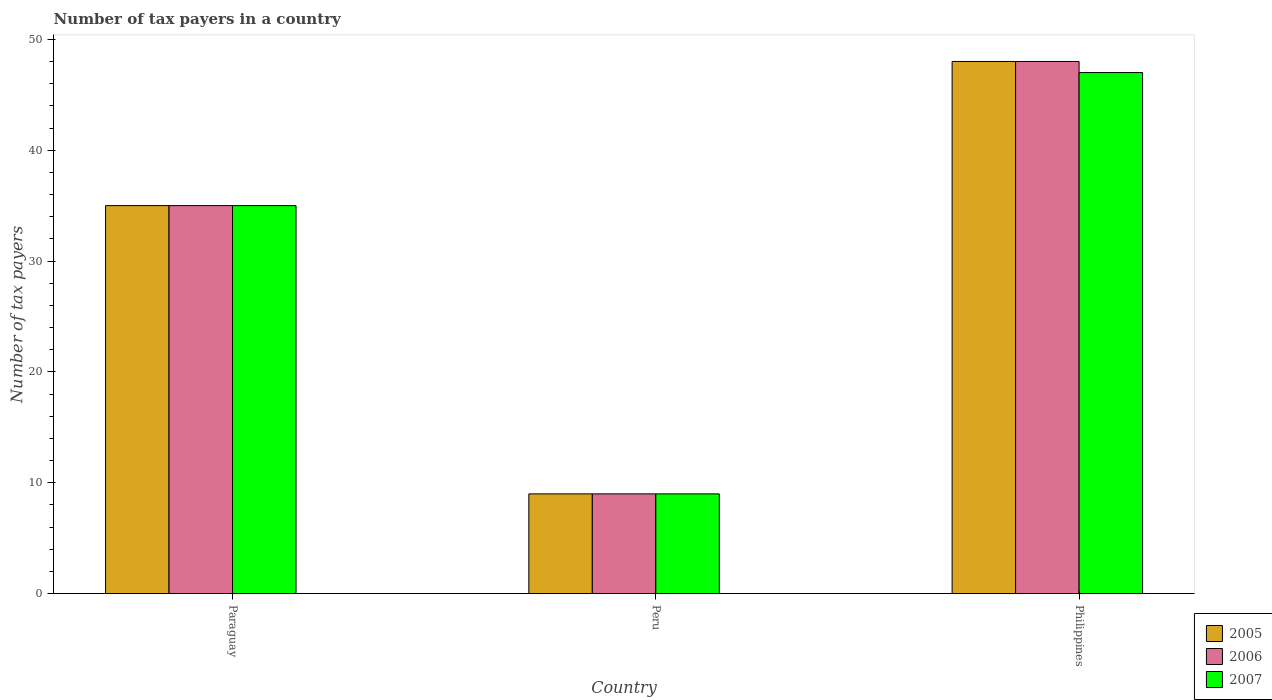
| Country | 2005 | 2006 | 2007 |
 | --- | --- | --- | --- |
 | Paraguay | 35 | 35 | 35 |
 | Peru | 9 | 9 | 9 |
 | Philippines | 48 | 48 | 47 |